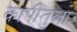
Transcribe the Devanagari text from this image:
कापीतुला